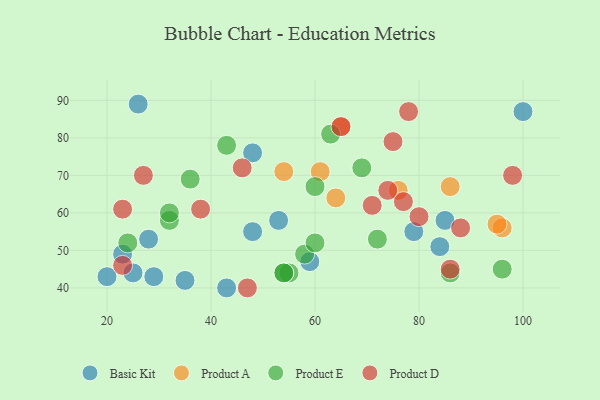
{"axis": {"x": "GDP", "y": "Life Expectancy"}, "legend": ["Basic Kit", "Product A", "Product D", "Product E"], "data": [{"x": "29", "y": 43, "type": "Basic Kit"}, {"x": "48", "y": 76, "type": "Basic Kit"}, {"x": "53", "y": 58, "type": "Basic Kit"}, {"x": "25", "y": 44, "type": "Basic Kit"}, {"x": "59", "y": 47, "type": "Basic Kit"}, {"x": "26", "y": 89, "type": "Basic Kit"}, {"x": "85", "y": 58, "type": "Basic Kit"}, {"x": "84", "y": 51, "type": "Basic Kit"}, {"x": "20", "y": 43, "type": "Basic Kit"}, {"x": "100", "y": 87, "type": "Basic Kit"}, {"x": "35", "y": 42, "type": "Basic Kit"}, {"x": "23", "y": 49, "type": "Basic Kit"}, {"x": "79", "y": 55, "type": "Basic Kit"}, {"x": "48", "y": 55, "type": "Basic Kit"}, {"x": "43", "y": 40, "type": "Basic Kit"}, {"x": "28", "y": 53, "type": "Basic Kit"}, {"x": "96", "y": 56, "type": "Product A"}, {"x": "76", "y": 66, "type": "Product A"}, {"x": "95", "y": 57, "type": "Product A"}, {"x": "64", "y": 64, "type": "Product A"}, {"x": "86", "y": 67, "type": "Product A"}, {"x": "54", "y": 71, "type": "Product A"}, {"x": "65", "y": 83, "type": "Product A"}, {"x": "61", "y": 71, "type": "Product A"}, {"x": "36", "y": 69, "type": "Product E"}, {"x": "58", "y": 49, "type": "Product E"}, {"x": "96", "y": 45, "type": "Product E"}, {"x": "86", "y": 44, "type": "Product E"}, {"x": "72", "y": 53, "type": "Product E"}, {"x": "55", "y": 44, "type": "Product E"}, {"x": "69", "y": 72, "type": "Product E"}, {"x": "24", "y": 52, "type": "Product E"}, {"x": "32", "y": 58, "type": "Product E"}, {"x": "43", "y": 78, "type": "Product E"}, {"x": "54", "y": 44, "type": "Product E"}, {"x": "32", "y": 60, "type": "Product E"}, {"x": "63", "y": 81, "type": "Product E"}, {"x": "60", "y": 52, "type": "Product E"}, {"x": "54", "y": 44, "type": "Product E"}, {"x": "60", "y": 67, "type": "Product E"}, {"x": "47", "y": 40, "type": "Product D"}, {"x": "88", "y": 56, "type": "Product D"}, {"x": "78", "y": 87, "type": "Product D"}, {"x": "75", "y": 79, "type": "Product D"}, {"x": "98", "y": 70, "type": "Product D"}, {"x": "86", "y": 45, "type": "Product D"}, {"x": "77", "y": 63, "type": "Product D"}, {"x": "46", "y": 72, "type": "Product D"}, {"x": "27", "y": 70, "type": "Product D"}, {"x": "74", "y": 66, "type": "Product D"}, {"x": "65", "y": 83, "type": "Product D"}, {"x": "38", "y": 61, "type": "Product D"}, {"x": "23", "y": 61, "type": "Product D"}, {"x": "71", "y": 62, "type": "Product D"}, {"x": "23", "y": 46, "type": "Product D"}, {"x": "80", "y": 59, "type": "Product D"}]}